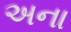
અના